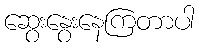
ဆွေးနွေးနေကြတာပါ